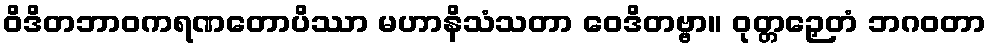
ဝိဒိတဘာဝကရဏတောပိဿာ မဟာနိသံသတာ ဝေဒိတဗ္ဗာ။ ဝုတ္တဉှေတံ ဘဂဝတာ